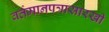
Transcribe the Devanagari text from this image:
वर्तमानपत्रासारखी